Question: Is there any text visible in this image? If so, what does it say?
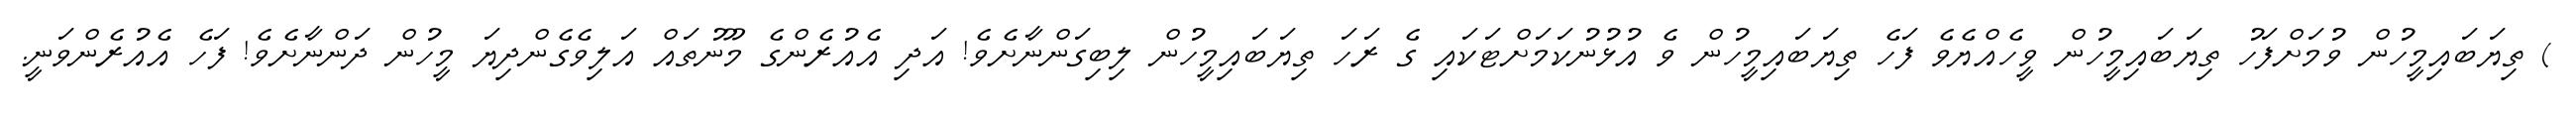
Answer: ) ތިޔަބައިމީހުން ވުމަށްފަހު ތިޔަބައިމީހުން ވީހެއްޔެވެ ފަހެ ތިޔަބައިމީހުން ވެ އުޅުނުކަމަށްޓަކައި ގެ ރަހަ ތިޔަބައިމީހުން ލިބިގަންނާށެވެ! އަދި އެއުރެންގެ މޫނުތައް އަލިވެގެންދިޔަ މީހުން ދަންނާށެވެ! ފަހެ އެއުރެންވަނީ.